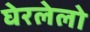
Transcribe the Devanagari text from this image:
घेरलेलो